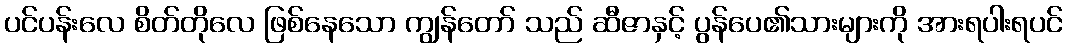
ပင်ပန်းလေ စိတ်တိုလေ ဖြစ်နေသော ကျွန်တော် သည် ဆီဇာနှင့် ပွန်ပေ၏သားများကို အားရပါးရပင်